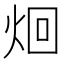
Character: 𮳦